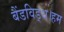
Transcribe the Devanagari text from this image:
बैंडविड्थ।हम